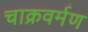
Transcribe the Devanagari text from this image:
चाक्रवर्मण